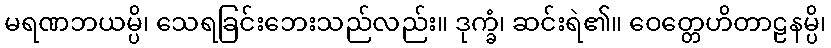
မရဏဘယမ္ပိ၊ သေရခြင်းဘေးသည်လည်း။ ဒုက္ခံ၊ ဆင်းရဲ၏။ ဝေတ္တေဟိတာဠနမ္ပိ၊